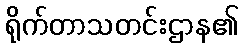
ရိုက်တာသတင်းဌာန၏